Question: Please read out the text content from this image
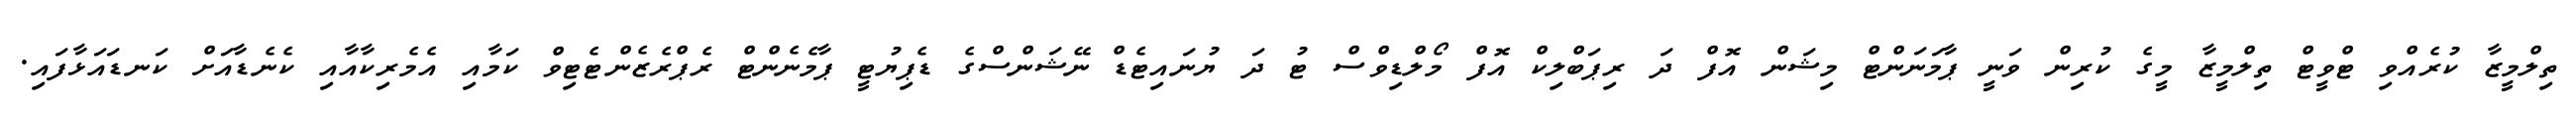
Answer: ތިލްމީޒާ ކުރެއްވި ޓްވީޓް ތިލްމީޒާ މީގެ ކުރިން ވަނީ ޕާމަނަންޓް މިޝަން އޮފް ދަ ރިޕަބްލިކް އޮފް މޯލްޑިވްސް ޓު ދަ ޔުނައިޓެޑް ނޭޝަންސްގެ ޑެޕިޔުޓީ ޕާމެނެންޓް ރެޕްރެޒެންޓެޓިވް ކަމާއި އެމެރިކާއާއި ކެނެޑާއަށް ކަނޑައަޅާފައި.